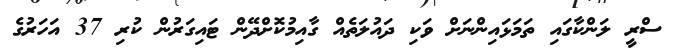
ސްރީ ލަންކާގައި ތަމަޅައިންނަށް ވަކި ދައުލަތެއް ގާއިމުކޮށްދޭން ޓައިގަރުން ކުރި 37 އަހަރުގެ